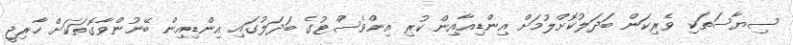
ސިޔާސަތަކި ވެރިކަން ބަދަލުކޮށްލުމަށް އިންޑިއާއިން ކުރި އިންވެސްޓުގެ ބަދަލުގައި އިންޑިއިން ބޭނުންވާގޮތަކަށް ޚާރިޖީ